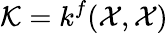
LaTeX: \mathcal{K}=k^{f}(\mathcal{X},\mathcal{X})